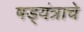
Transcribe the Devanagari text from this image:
षड्यंत्राचे